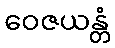
ဝေဇယန္တံ